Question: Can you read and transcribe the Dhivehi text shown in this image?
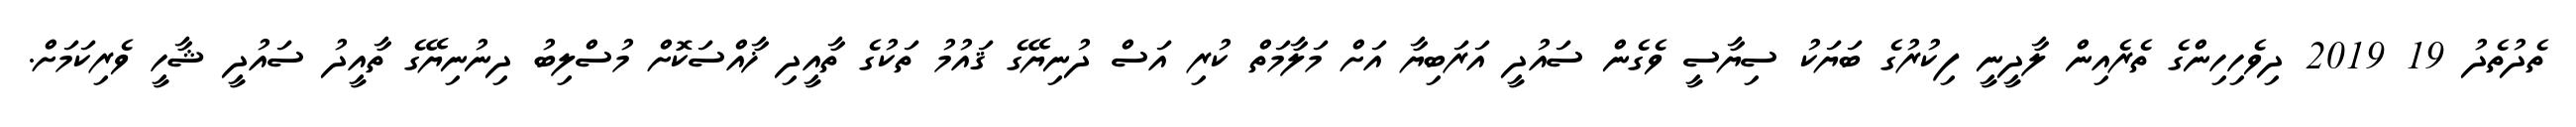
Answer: ތެދުތެދު 19 2019 ދިވެހިހިންގެ ތެރެއިން ލާދީނީ ފިކުރުގެ ބަޔަކު ސިޔާސީ ވެގެން ސައުދީ އަރަބިޔާ އަށް މަލާމަތް ކުރި އަސް ދުނިޔޭގެ ޤައުމު ތަކުގެ ތާއީދި ޚާއްސަކޮށް މުސްލިބު ދިނުނިޔޭގެ ތާއީދު ސައުދީ ޝާހީ ވެރިކަމަށް.